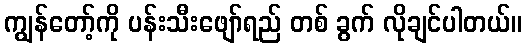
ကျွန်တော့်ကို ပန်းသီးဖျော်ရည် တစ် ခွက် လိုချင်ပါတယ်။